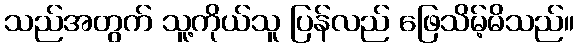
သည်အတွက် သူ့ကိုယ်သူ ပြန်လည် ဖြေသိမ့်မိသည်။